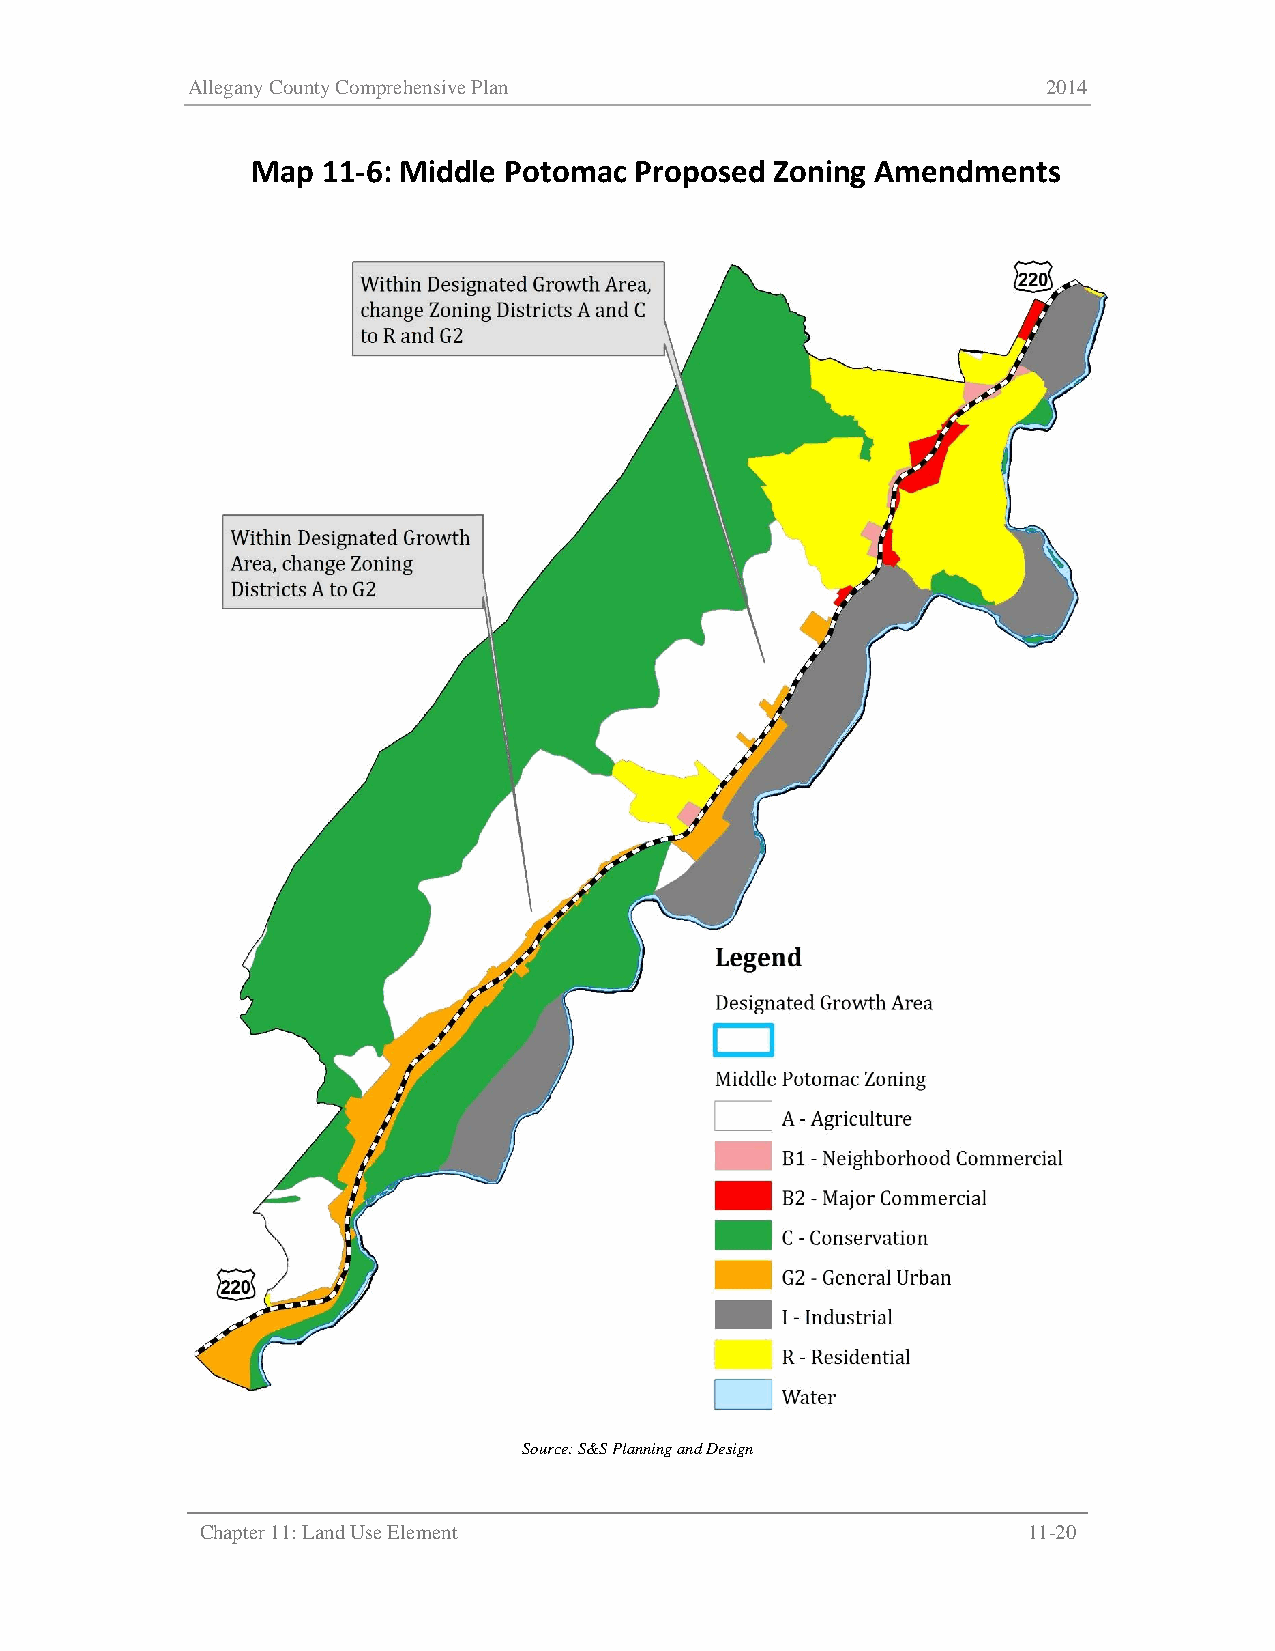
Allegany County Comprehensive Plan                       2014
 Map 11-6: Middle Potomac Proposed Zoning Amendments
 Source: S&S Planning and Design
 Chapter 11: Land Use Element                           11-20